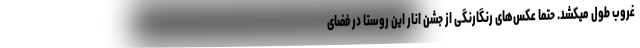
غروب طول میکشد. حتما عکس‌های رنگارنگی از جشن انار این روستا در فضای